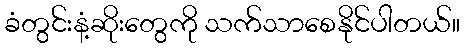
ခံတွင်းနံ့ဆိုးတွေကို သက်သာစေနိုင်ပါတယ်။